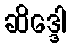
ဆိဒ္ဒေါ